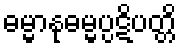
ဓမ္မာနုဓမ္မပ္ပဋိပတ္တိ